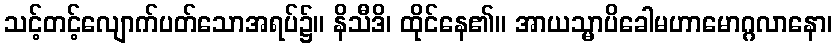
သင့်တင့်လျောက်ပတ်သောအရပ်၌။ နိသီဒိ၊ ထိုင်နေ၏။ အာယသ္မာပိခေါမဟာမောဂ္ဂလာနော၊